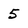
Character: 5